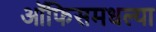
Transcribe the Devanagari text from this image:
ऑफिसमधल्या